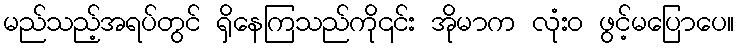
မည်သည့်အရပ်တွင် ရှိနေကြသည်ကို၎င်း အိုမာက လုံးဝ ဖွင့်မပြောပေ။